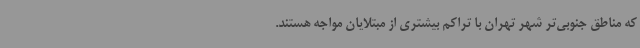
که مناطق جنوبی‌تر شهر تهران با تراکم بیشتری از مبتلایان مواجه هستند.